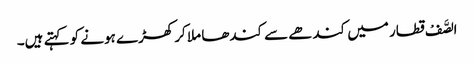
الصَّفْ قطار میں کندھے سے کندھا ملا کر کھڑے ہونے کو کہتے ہیں۔